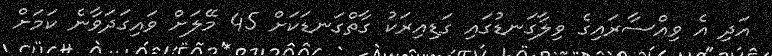
އަދި އެ ވިއްސާރައިގެ ވިލާގަނޑުގައި ގަޑިއިރަކު ގާތްގަނޑަކަށް 45 މޭލަށް ވައިގަދަވާނެ ކަމަށް